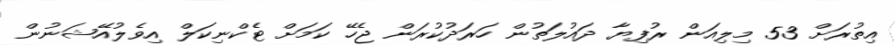
އިތުރަށް 53 މިލިއަން ރުފިޔާ ދައުލަތުން ހަރަދުކުރަން ޖެހޭ ކަމަށް ޓެކްނިކަލް އިވެލުއޭޝަނުން